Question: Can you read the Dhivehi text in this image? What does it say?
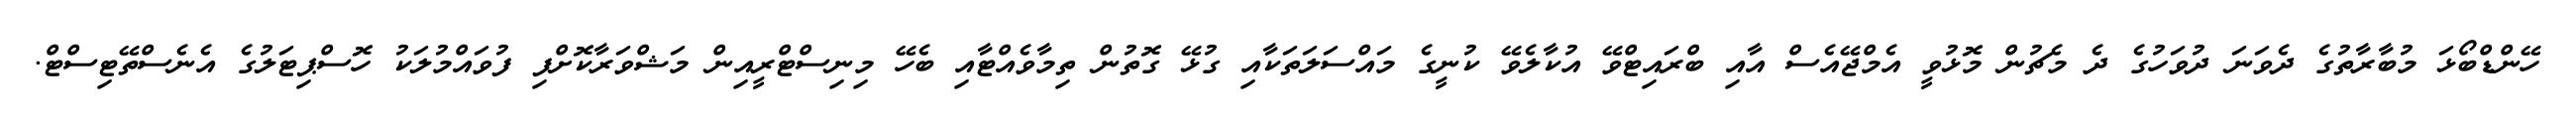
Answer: ހޭންޑްބޯޅަ މުބާރާތުގެ ދެވަނަ ދުވަހުގެ ދެ މެޗުން މޮޅުވީ އެމްޖޭއެސް އާއި ބްރައިޓްވޭ އުކާލެވޭ ކުނީގެ މައްސަލަތަކާއި ގުޅޭ ގޮތުން ތިމާވެއްޓާއި ބެހޭ މިނިސްޓްރީއިން މަޝްވަރާކޮށްފި ފުވައްމުލަކު ހޮސްޕިޓަލުގެ އެނެސްތޭޓިސްޓް.